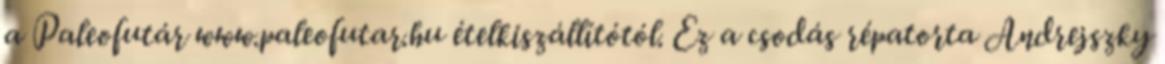
a Paleofutár www.paleofutar.hu ételkiszállítótól. Ez a csodás répatorta Andrejszky